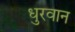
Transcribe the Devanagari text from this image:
धुरवान